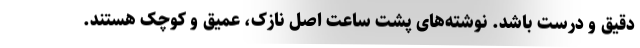
دقیق و درست باشد. نوشته‌های پشت ساعت اصل نازک، عمیق و کوچک هستند.